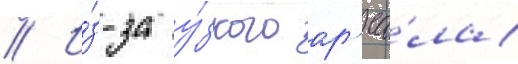
// И́з-за у́зкого ар'еа́ла